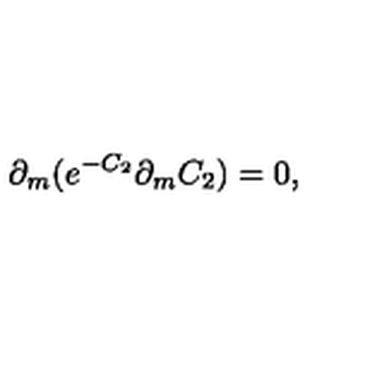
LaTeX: \partial _ { m } ( e ^ { - C _ { 2 } } \partial _ { m } C _ { 2 } ) = 0 ,